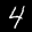
Label: 4